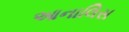
આનાલિસ